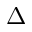
\Delta